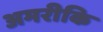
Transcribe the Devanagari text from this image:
अमरीकि